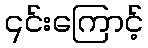
၎င်းကြောင့်